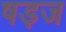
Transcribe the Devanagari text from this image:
षड़ज